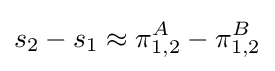
s_{2}-s_{1}\approx \pi _{1,2}^{A}-\pi _{1,2}^{B}